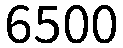
6500